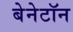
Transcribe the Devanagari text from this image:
बेनेटॉन